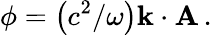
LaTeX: \phi=\left(c^{2}/\omega\right){\mathbf k}\cdot{\mathbf A}\, .